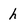
Character: h